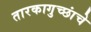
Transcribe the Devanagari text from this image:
तारकागुच्छांचे